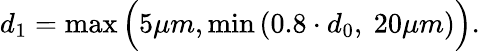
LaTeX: d_{1}=\operatorname*{max}\Big(5\mu m,\operatorname*{min}\left(0.8\cdot d_{0},\ 20\mu m\right)\Big).